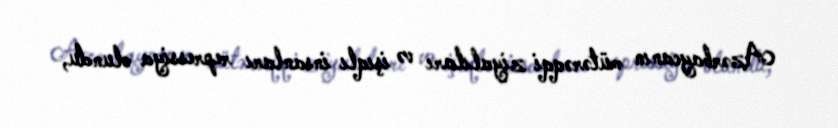
Azərbaycanın mütərəqqi ziyalıları və işıqlı insanları repressiya olundu,